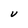
Character: V